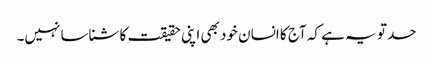
حد تو یہ ہے کہ آج کا انسان خود بھی اپنی حقیقت کا شناسا نہیں۔